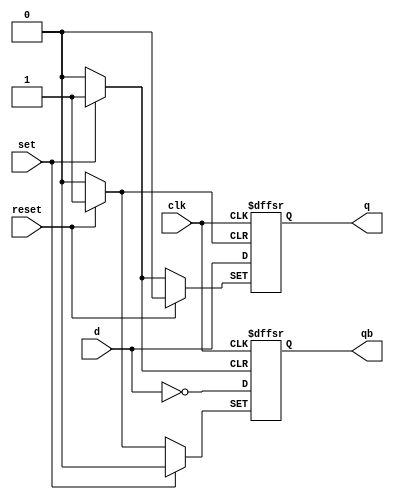
module dff1( q, qb, d, clk, set, reset );
input d, clk, set, reset; 
output q, qb; 
//qqbreg,always 
reg q, qb; 
always @( posedge clk or posedge set or posedge reset ) 
begin 
if(reset) 
begin 
q = 0; 
qb = 1; 
end  
else 
if (set) 
begin 
q = 1; 
qb = 0; 
end 
else 
begin 
q = d; 
qb = ~d; 
end 
end 
endmodule